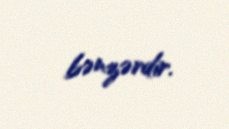
bənzərdir.